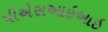
પીએસઆઇઆઇ